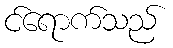
င်ရောက်သည်